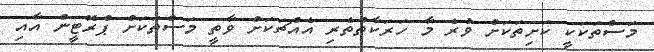
މަސްތަކަކީ ކަށިތަކަށް ވުރެ މާ ހަރަކާތްތެރި އެއްޗަކަށް ވާތީ މަސްތަކަށް ޕްރޮޓީން އާއި